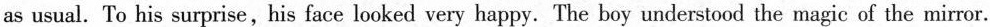
as usual. To his surprise,his face looked very happy. The boy understood the magic of the mirror.